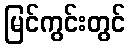
မြင်ကွင်းတွင်